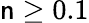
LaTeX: \mathsf{n}\ge0.1